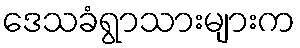
ဒေသခံရွာသားများက